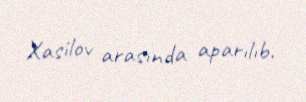
Xasilov arasında aparılıb.